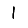
Digit: 1